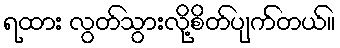
ရထား လွတ်သွားလို့စိတ်ပျက်တယ်။